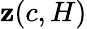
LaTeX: \mathbf{z}(c,H)